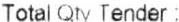
TOTAL QTY TENDER :